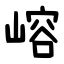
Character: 嵱